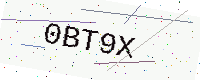
Text: 0BT9X